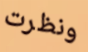
ونظرت